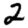
Digit: 2